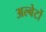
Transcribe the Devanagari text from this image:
अल्बेर्टो